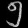
Digit: ၅